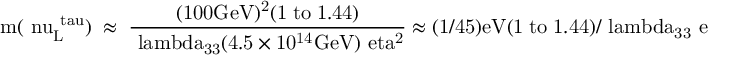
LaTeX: \mathrm { m ( \ n u _ { L } ^ { \ t a u } ) \; \approx \; \frac { ( 1 0 0 G e V ) ^ { 2 } ( 1 \; t o \; 1 . 4 4 ) } { \ l a m b d a _ { 3 3 } ( 4 . 5 \times 1 0 ^ { 1 4 } G e V ) \ e t a ^ { 2 } } \approx ( 1 / 4 5 ) e V ( 1 \; t o \; 1 . 4 4 ) / \ l a m b d a _ { 3 3 } \ e t a ^ { 2 } }